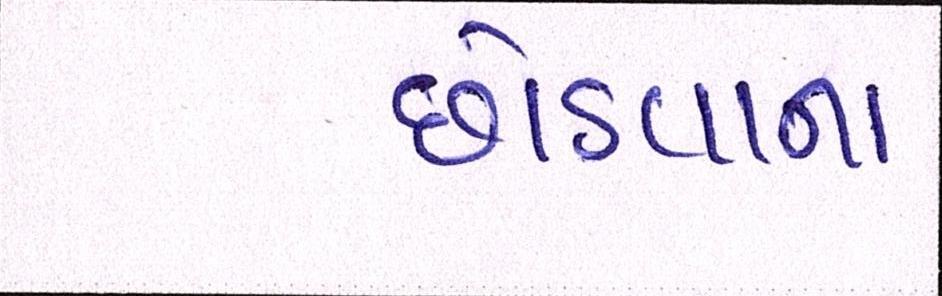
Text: છોડવાના